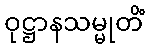
ဝုဋ္ဌာနသမ္မုတိံ